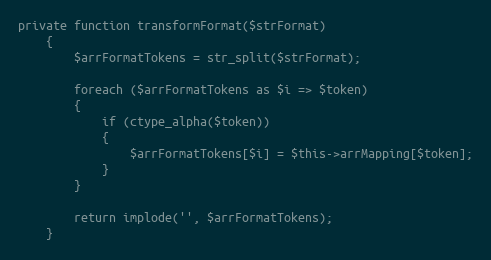
Language: PHP
private function transformFormat($strFormat)
	{
		$arrFormatTokens = str_split($strFormat);

		foreach ($arrFormatTokens as $i => $token)
		{
			if (ctype_alpha($token))
			{
				$arrFormatTokens[$i] = $this->arrMapping[$token];
			}
		}

		return implode('', $arrFormatTokens);
	}